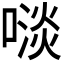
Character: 𠻪